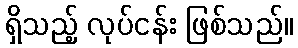
ရှိသည့် လုပ်ငန်း ဖြစ်သည်။